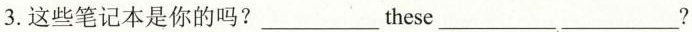
3.这些笔记本是你的吗?___these___ ___?